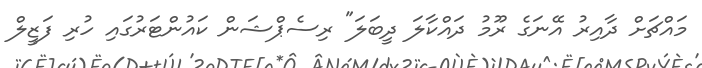
މައްޗަށް ދާއިރު އޭނަގެ ރޫމު ދައްކާލަ ދީބަލަ" ރިސެޕްޝަން ކައުންޓަރުގައި ހުރި ފަޒީލް